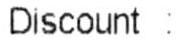
DISCOUNT :